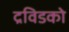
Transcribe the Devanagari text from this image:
द्रविडको